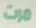
مرت